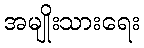
အမျိုးသားရေး